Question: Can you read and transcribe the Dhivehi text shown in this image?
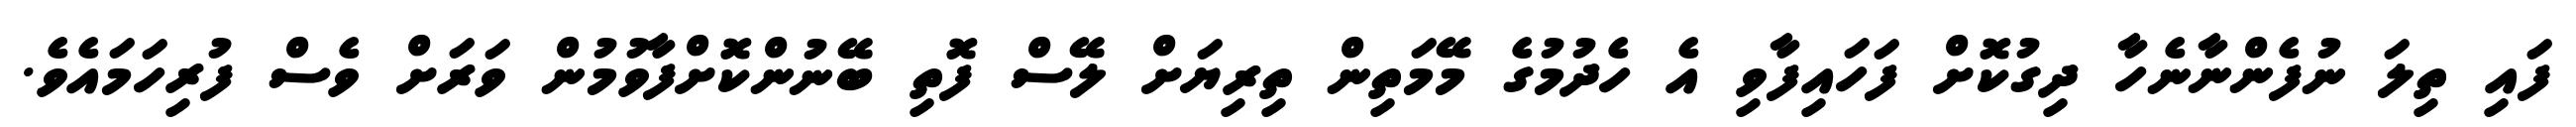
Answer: ފައި ތިލަ ނުފެންނާނެހާ ދިގުކޮށް ފަހައިފާވި އެ ހެދުމުގެ މޭމަތިން ތިރިޔަށް ލޭސް ފޮތި ބޭނުންކޮށްފާވުމުން ވަރަށް ވެސް ފުރިހަމައެވެ.